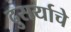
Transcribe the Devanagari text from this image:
दुसर्याचे